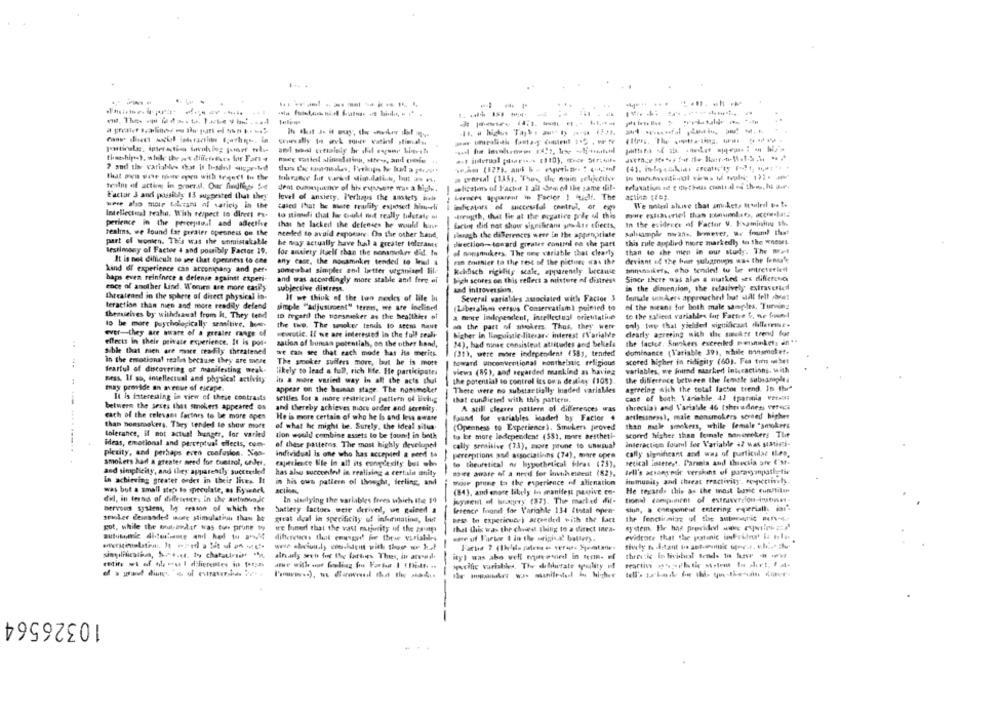
---
That pen vor rwe open with tegnet In the
Tento af acting in gener.il. Our findify 54
seligstents of Factit 1 all -Spo erl the same dit-
Factor 3 and possibly 13 suggested that they
level of anxiety. Perhaps the anstety helt
Lernen apparent in Factor ! 'tilf. The
actina (=).
Caled That be more readlily exposed him-eli
We noleri alive that amiAct. Ittuleel oo te
Intellectual teaha. With respect to direct ex-
too mimeli that Joe Could fit really tidetale et
strugth, that fie at the eogative pole of the
perience in the perceptual and adlecthe
In the evidence of Factor V. Kapmindig 16
that he lacked the defenses he would binve
Lering did not show signibrand su dre tfiects,
realms, we found far greater openness on the
needed to avoid exportar. On the other hand,
swoich the differences were in the appropriate
part of women. This was the unmistakable
he may actually have hal a greater tolerancy
direction -- toward giratee contmi so the part
this rule appdird more markedly to the wnesss.
testimony of Facter 4 and possibly Factor 19.
for anxiety itself than the nonsniker did to
od nonsmukers. The new variable that clearly
than to the men in our study. The Mel
deviant of the font sulgroups was the female
It is not difficult to see that openness to one
any case, the mocsmnkr tended to lesd &
ran emithier ta the rest of the picture at the
kind of experience can accompany and per-
someabat simpler and latter uyaninel Bile
Kckflach righlity scale, apparently breawie
annansikets, who tended! tu Le entretetled
baps even reinforce a defense against experi-
and was accordingly more stable and fire ei
Sich scores on this reflect a misture of distres*
Since there was alos & niatked ses difference
ence of another Lind. Women are more easily
subjective distres.
the dimension, the relatively extraverted
aad introversion,
Ihtealened in the sphere of direct physical is-
If we think of the too nades of life In
Several variables associated with Factor 3
female sonders approached but still felt bret
teraction than nien and more readily defend
simple "adjustment" terms, we are inclined
(Liberalism versus Conservatism) pointed to
of the means for both male sang-les. Turning
themieives by withdsaus! from It. They tend
ID regard the horsnacker as the healthles of
a more ladependent, intellectual orietilatine
to the salient variables for Fattre b. we found
only top that yielded significant difference.
to be more psychologically semitive, bu-
the the. The snooker tenis to stens naut
on the part of sihookers Thus, they were
ever-they are aware of a greater range of
Fewulic. If we are interested in the full reali-
Mgher in linguinie-literare interest (Variale
clearly agreeing with the sonkre trend for
effects in their private experience. It is pos-
zation of Inuinsan potentiah, on the other Land,
24), had minse consisteat attitudes and beliefs
the factce, Smokers excreiled penninkets an "
..
Sible that mich are more readily threatened
we can see that each mode has its merits
dominance (Variable 393, while mansmoket.
(31), were mire independent (581, tended
in the emotional reales because they are more
The smoker suffers more, but he is mott
toward unconventional Hontheistic religious
scored higher in tidigity (60). Fea tom 3et
#4.
fearful of discovering of manifesting weak-
likely to lead a full, rich life. He participatei
views (86), and regarded mankind as having
variables, we found marked Interactions. with
mess. If so, intellectual and physical activity
it & more varied way in all the acts chut
the potential to control its own destiny (105).
the difference between the female subsample
may provide an areur of eicape
agreeing with the total factor trend. In the
appear on the human stage. The nonimoker
There were no substantially loaded variables
It is interesting in view of these contrasts
seltles for a more restricinf pattern of living
that cundicted with this pattern.
case of boat Variable 42 (parmia vet.Ml;
between the sexes that smokers appeared os
and thereby achieves mioes order and serenity
A still cleanes pattern of differences was
threetia) and Variabile 46 (shrredness vereda
each of the relevant factors to be more open
He is more certain of who he Is and less aware
found for variables inaded by Factor #
artlessness), male nonsmokers screed higher
than nonsmokers. They tended to show more
than mele smokers, while female "smokers
of what he might be. Surely, the Ideal situa
(Openness to Experience). Smokers proved
tolerance, if not actual hunger, for varied
tion would combine assets to be found! in both
to be more ledependent (55), more aestheti-
scored higher than female Banenekers The
ideas, emotional and perceptual effects, com-
of these patterns. The most highly developed
cally sensitive (73), move prune to unusual
interaction found for Variable 47 wat sMini-
pletity, and perhaps even confusion. Nos-
cally significant and was of particular ILes,
individual is one who has accepted a need to
perceptions and associations (74), mare opra
smokers had a greater need for cuntrol, undes.
experience Nie in all its conydesity but who
to theuretical ar hypothetical fileas (25).
setical interest, Parmis and thecila afe ('st.
and simplicity, and they apparently succeetled
has aho succeeded in realising a certain nity
moet aware of a need for luvthemeent (82),
Iell's anhang pur versions of parasympathetic
In achieving greater ordet in their lives. It
mour prene ta the experience of alienation
immunity and threat reactivity. respectively.
in his own pattern of thegha, ferling, and
He regards this as the most basic cum/titan
was but a small steps to speculate, as Rynek
--
(84), and engre likely ins manifest pecsive en-
did, in terms of differentes in the antwbunde
In wiselying the variables frees which Ite 19
kyment of bragery (37). The marked di-
tional campidiens of extraversion instones .
bervous system, by reason of which the
battery factors were derived, we gained a
ference Mand for Variable 134 #total open-
siun, a component entering egeriath, in'
the functioning of the autonomic mn-s
sminker desnaaded more stimulation than he
great deal In specificity of infuriating, but
ses to expericuer) azceeded with the face
got, while the mout-anddir was ton prune ww
tre Bumert that the vast majority of the 28up
that this was the choice thing to a direct inea-
system. He has provided with expwilma adat
wHe uf Furter 4 in the original battery.
evidence that the paartunic inFrimat Ta Belas
ityl was abo vell royreamed in eenn. f
retire wi of the eu I diferentes in torsa
** cific variables, The dibilurate polity if
10326564
----